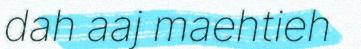
dah aaj maehtieh